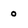
Character: 0